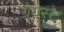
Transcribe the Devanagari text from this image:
ग्रेयेस्ट